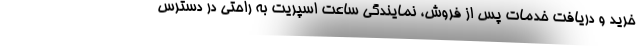
خرید و دریافت خدمات پس از فروش، نمایندگی ساعت اسپریت به راحتی در دسترس